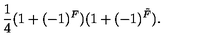
\frac { 1 } { 4 } ( 1 + ( - 1 ) ^ { F } ) ( 1 + ( - 1 ) ^ { \tilde { F } } ) .